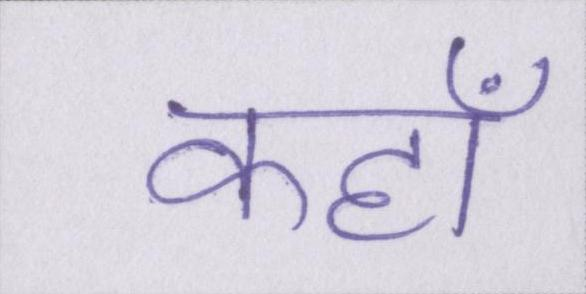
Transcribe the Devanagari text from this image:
कहॉं